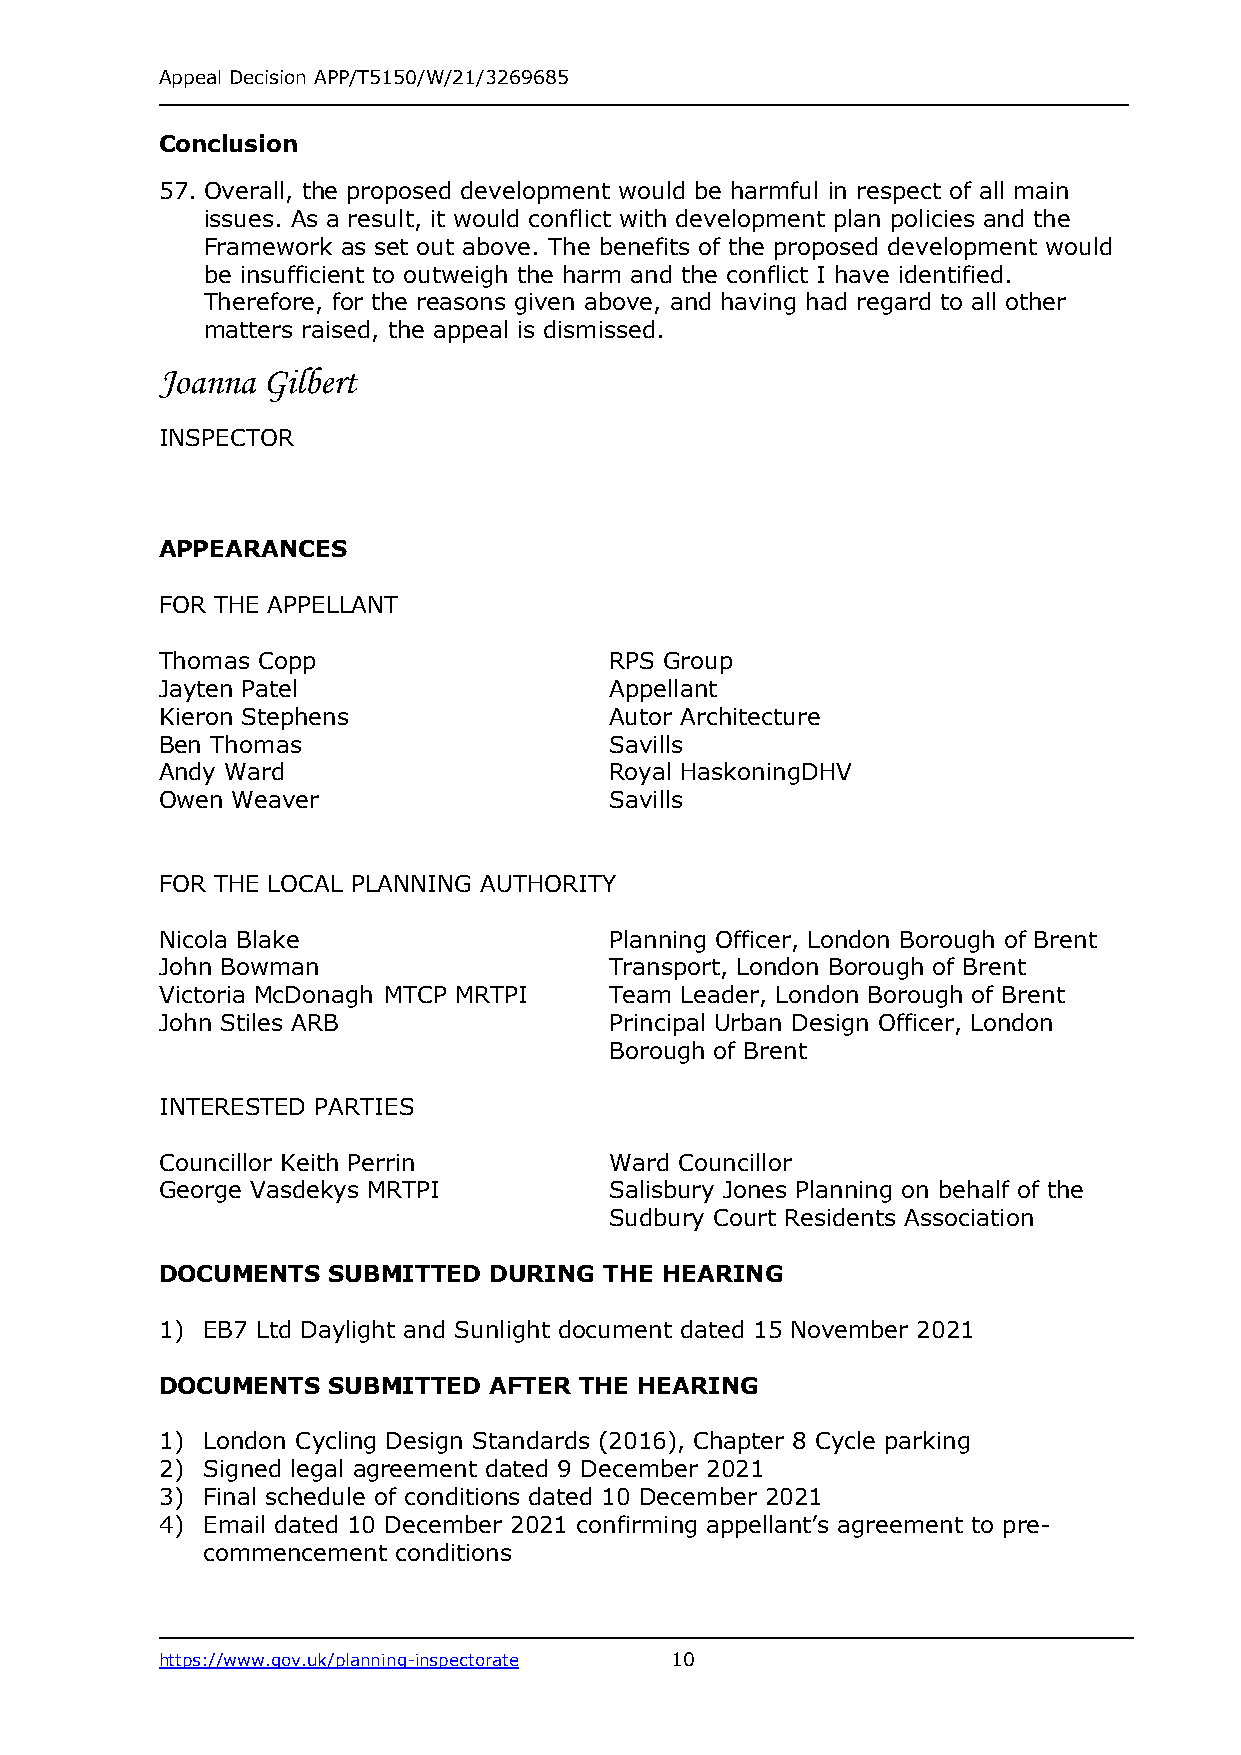
Appeal Decision APP/T5150/W/21/3269685
 Conclusion
 57. Overall, the proposed development would be harmful in respect of all main
 issues. As a result, it would conflict with development plan policies and the
 Framework as set out above. The benefits of the proposed development would
 be insufficient to outweigh the harm and the conflict I have identified.
 Therefore, for the reasons given above, and having had regard to all other
 matters raised, the appeal is dismissed.
 Joanna Gilbert
 INSPECTOR
 APPEARANCES
 FOR THE APPELLANT
 Thomas Copp                  RPS Group
 Jayten Patel                 Appellant
 Kieron Stephens              Autor Architecture
 Ben Thomas                   Savills
 Andy Ward                    Royal HaskoningDHV
 Owen Weaver                  Savills
 FOR THE LOCAL PLANNING AUTHORITY
 Nicola Blake                 Planning Officer, London Borough of Brent
 John Bowman                  Transport, London Borough of Brent
 Victoria McDonagh MTCP MRTPI Team Leader, London Borough of Brent
 John Stiles ARB              Principal Urban Design Officer, London
 Borough of Brent
 INTERESTED PARTIES
 Councillor Keith Perrin      Ward Councillor
 George Vasdekys MRTPI        Salisbury Jones Planning on behalf of the
 Sudbury Court Residents Association
 DOCUMENTS  SUBMITTED DURING  THE HEARING
 1) EB7 Ltd Daylight and Sunlight document dated 15 November 2021
 DOCUMENTS  SUBMITTED AFTER THE HEARING
 1) London Cycling Design Standards (2016), Chapter 8 Cycle parking
 2) Signed legal agreement dated 9 December 2021
 3) Final schedule of conditions dated 10 December 2021
 4) Email dated 10 December 2021 confirming appellant’s agreement to pre-
 commencement conditions
 https://www.gov.uk/planning-inspectorate 10